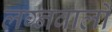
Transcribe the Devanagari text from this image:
लग्नवालों